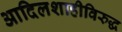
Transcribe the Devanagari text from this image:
आदिलशाहीविरुद्ध